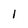
Character: I